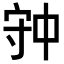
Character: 𡨌